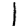
Digit: 1